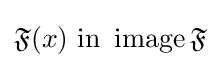
{\mathfrak {F}}(x){\text{ in }}\operatorname  {\mathfrak {F}}